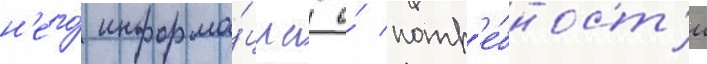
н'его́ информа́циа о́ потр'е́бност'и